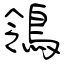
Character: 鴒